Annual report of the Punjab Veterinary College and of the Civil Veterinary Department, Punjab - 1909-1919
Year: 1909
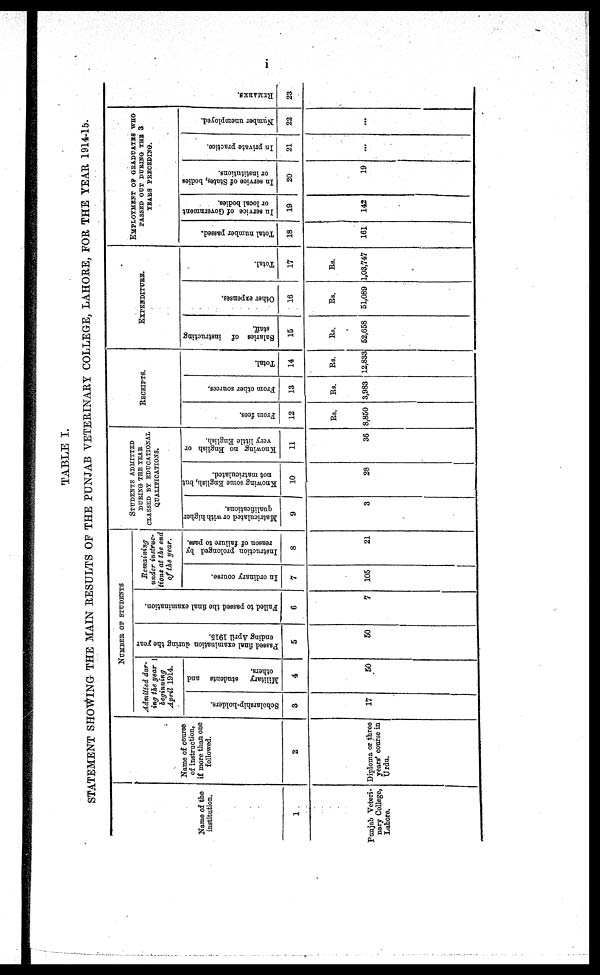
i
TABLE I.
STATEMENT SHOWI NG THE MAIN RESULTS OF THE PUNJAB VETERINARY COLLEGE, LAHORE, FOR THE YEAR 1914-15.
Name of the
institution.
1
Punjab Veteri-
nary College,
Lahore.
Name of course
of instruction,
if more than one
followed.
2
Diploma or three
years' course in
Urdu.
NUMBER OF STUDENTS
Admitted dur-
ing the year
beginning
April 1914.
Scholarship-holders.
3
17
Military
students and
others.
4
50
Passed final examination during the year
ending April 1915.
5
50
Failed to passed the final examination.
6
•
7
Remaining
under instruc-
tions at the end
of the year.
In ordinary course.
7
105
Instruction prolonged by
reason of failure to pass.
8
21
STUDENTS ADMITTED
DURING THE YEAR
CLASSED BY EDUCATIONAL
QUALIFICATIONS.
Matriculated or with higher
qualifications.
3
Knowing some English, hut
not matriculated.
10
28
Knowing no English or
very little English.
11
36
RECEIPTS.
From fees.
12
Rs.
8,850
From other sources.
13
Rs.
3,983
Total.
14
Rs.
12,833
EXPENDITURE.
Salaries of instructing
staff.
15
Rs.
52,658
Other expenses.
16
Rs.
51,089
Total.
17
Rs.
1,03,747
EMPLOYMENT OF GRADUATES WHO
PASSED OUT DURING THE 3
YEARS PRECEDING.
Total number passed.
18
161
In service of Government
or local bodies.
19
142
In service of States, bodies
or institutions.
20
19
In private practice.
21
...
Number unemployed.
22
...
REMARKS.
23